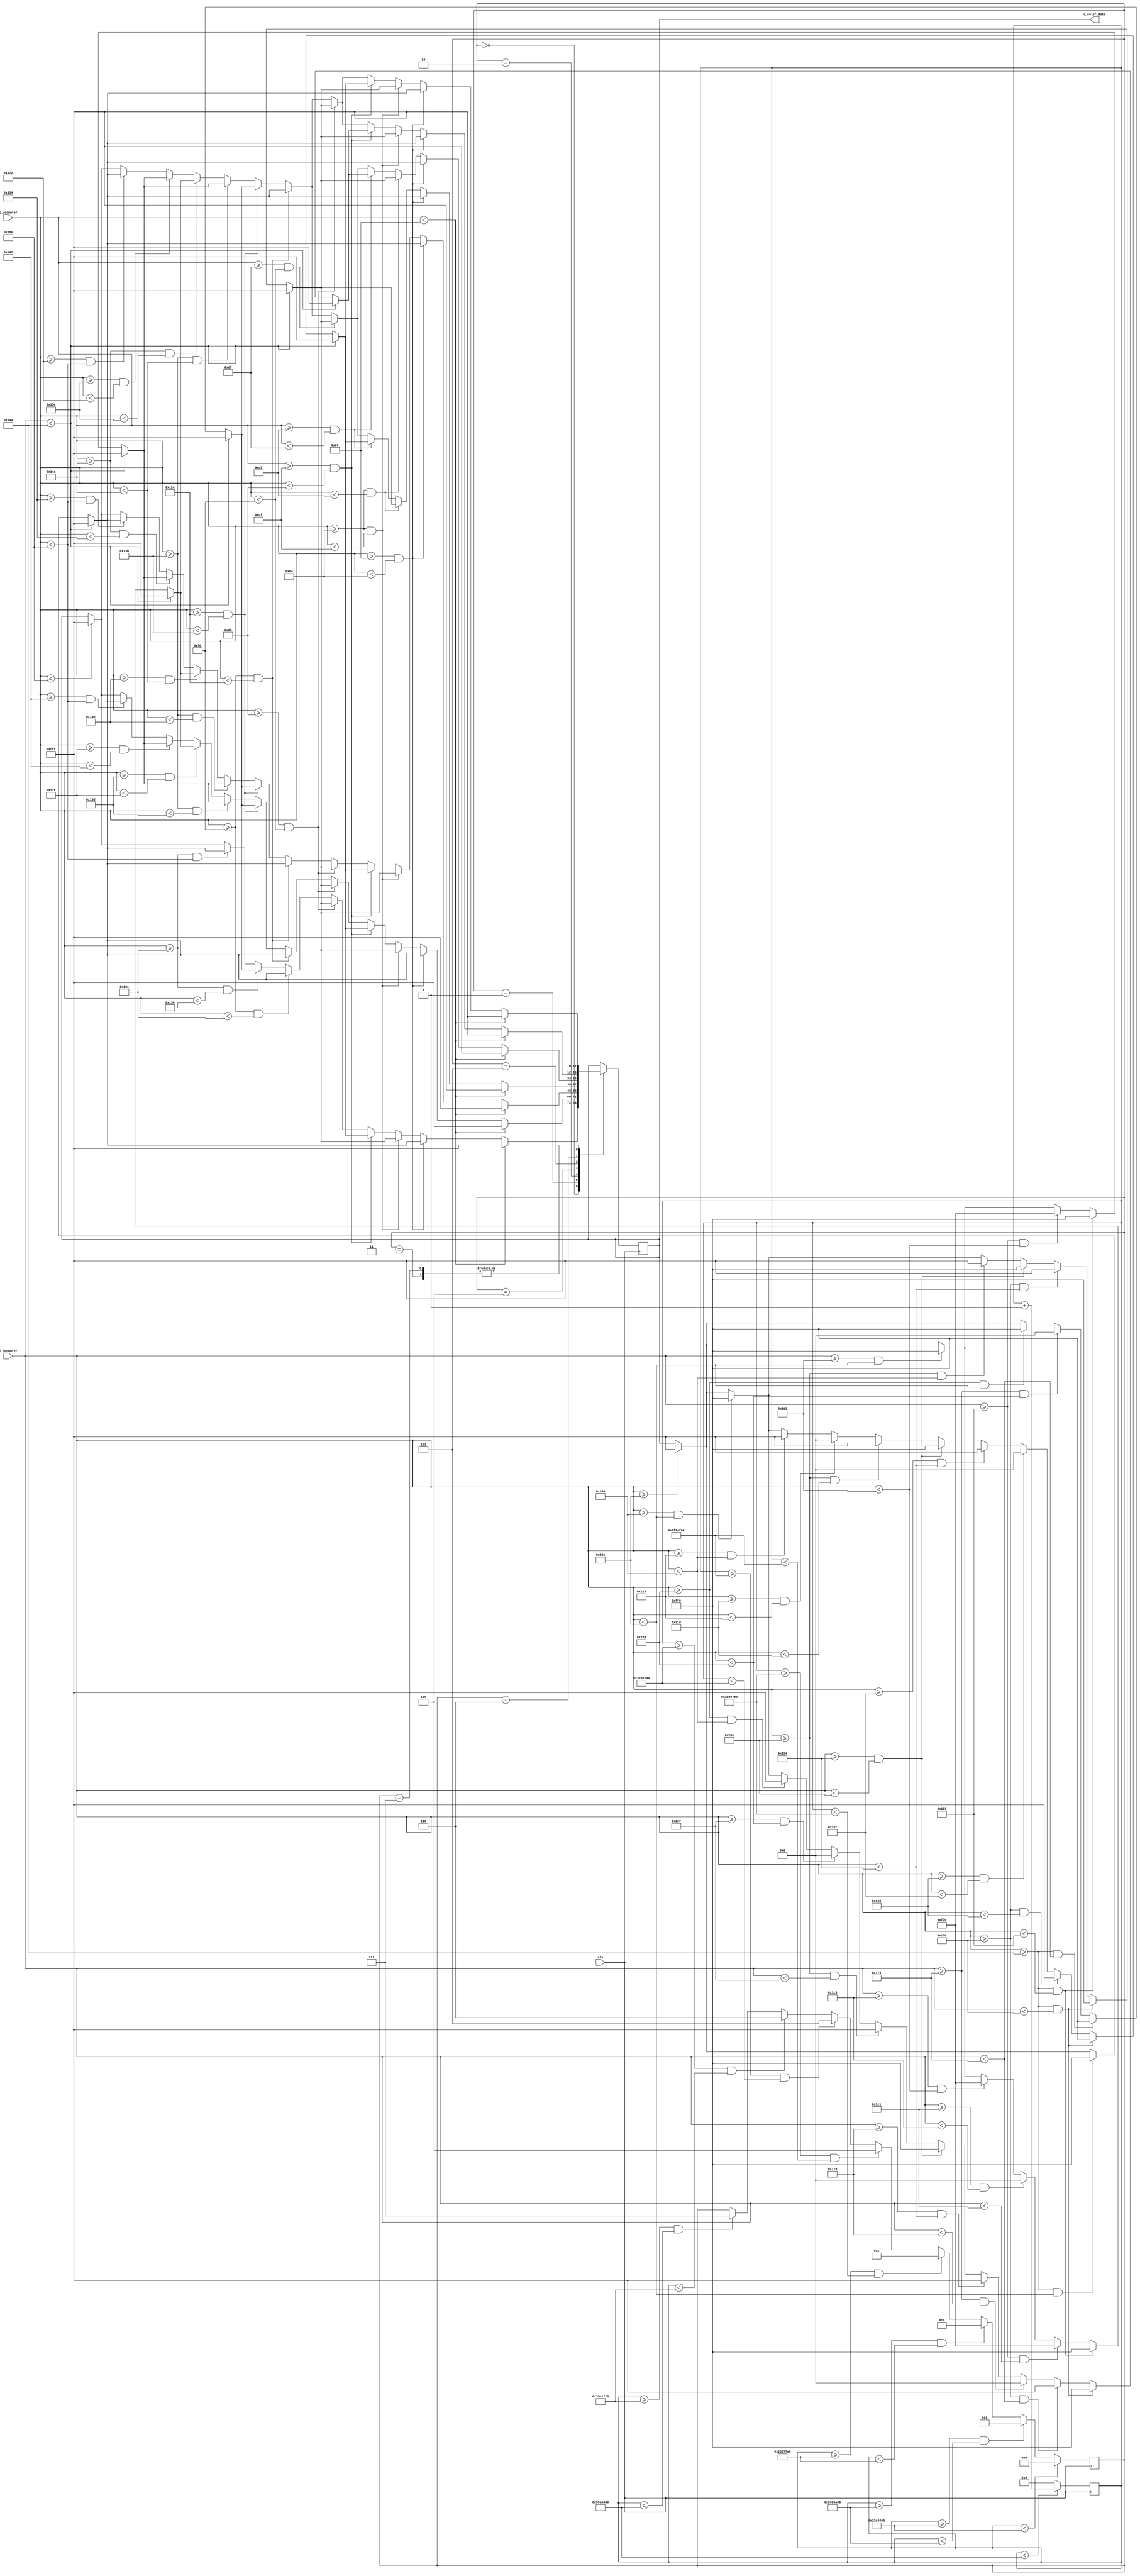
`timescale 1ns / 1ps
//////////////////////////////////////////////////////////////////////////////////
// Company: 
// 
// Design Name: 
// Module Name: crazy
// Project Name: Emoji_Animation
// Target Devices: 
// Tool Versions: 
// Description: crazy face animation
// 
// Dependencies: 25 MHz input clk
// 
// Revision:
// Revision 0.01 - File Created
// Additional Comments:
// 
//////////////////////////////////////////////////////////////////////////////////


module crazy(
	input clk,                  // 25MHz
	input [9:0] i_hcounter,     // horizontal pixel counter
	input [9:0] i_vcounter,     // vertical pixel counter
	output [11:0] o_color_data  // color data bus
	);
	
	reg [31:0] clk_counter = 0;    // for keeping track of how long the frame is active
	reg [2:0] FRAME = 0;           // State
	reg [11:0] r_color = 12'h000;  // color of pixel (4 bits red, 4 bits green, 4 bits blue -- in that order)
	
	assign o_color_data = r_color;
	
  // each emoji animation has a number of frames (different from fps frames)
	localparam FRAME_1 = 3'b000;
	localparam FRAME_2 = 3'b001;
	localparam FRAME_3 = 3'b010;
	localparam FRAME_4 = 3'b011;
  localparam FRAME_5 = 3'b100;
  localparam FRAME_6 = 3'b101;
  localparam FRAME_7 = 3'b110;
  localparam FRAME_8 = 3'b111;
  
  // time in clock cycles to hold each frame still
  localparam FRAME_1_time = 37500000; // 0.5 sec
  localparam FRAME_2_time = 2500000; // 100 ms
  localparam FRAME_3_time = 2500000; // 100 ms
  localparam FRAME_4_time = 3500000; // 200 ms
  localparam FRAME_5_time = 3500000; 
  localparam FRAME_6_time = 3500000; 
  localparam FRAME_7_time = 3500000;
  localparam FRAME_8_time = 37500000; // 0.5 sec
  
  // total time in clock cycles of animation 
  localparam FRAME_total_time = FRAME_1_time + FRAME_2_time + FRAME_3_time + FRAME_4_time + FRAME_5_time + FRAME_6_time + FRAME_7_time + FRAME_8_time;
  
  // basic colors used in the animation
  localparam yellow = 12'hFF0;
  localparam black = 12'h000;
  localparam white = 12'hFFF;
  localparam pink = 12'hF7E;
  	
  //////////////////////////////////////////////////////////////////////////////
  // frame timing
	always @ (posedge clk)
		begin 
			if (clk_counter < FRAME_total_time)
				clk_counter <= clk_counter + 1;
			else 
				clk_counter <= 0;
		end 
		
	always @ (posedge clk) 
		begin 
			if (clk_counter < FRAME_1_time)  
				FRAME <= FRAME_1;
			else if (clk_counter >= FRAME_1_time && clk_counter < (FRAME_1_time + FRAME_2_time)) 
				FRAME <= FRAME_2;
			else if (clk_counter >= (FRAME_1_time + FRAME_2_time) && clk_counter < (FRAME_1_time + FRAME_2_time + FRAME_3_time))  
				FRAME <= FRAME_3;
			else if (clk_counter >= (FRAME_1_time + FRAME_2_time + FRAME_3_time) && clk_counter < (FRAME_1_time + FRAME_2_time + FRAME_3_time + FRAME_4_time))
				FRAME <= FRAME_4;
      else if (clk_counter >= (FRAME_1_time + FRAME_2_time + FRAME_3_time + FRAME_4_time) && clk_counter < (FRAME_1_time + FRAME_2_time + FRAME_3_time + FRAME_4_time + FRAME_5_time))
				FRAME <= FRAME_5;
      else if (clk_counter >= (FRAME_1_time + FRAME_2_time + FRAME_3_time + FRAME_4_time + FRAME_5_time) && clk_counter < (FRAME_1_time + FRAME_2_time + FRAME_3_time + FRAME_4_time + FRAME_5_time + FRAME_6_time))
				FRAME <= FRAME_6;
      else if (clk_counter >= (FRAME_1_time + FRAME_2_time + FRAME_3_time + FRAME_4_time + FRAME_5_time + FRAME_6_time) && clk_counter < (FRAME_1_time + FRAME_2_time + FRAME_3_time + FRAME_4_time + FRAME_5_time + FRAME_6_time + FRAME_7_time))
				FRAME <= FRAME_7;
      else if (clk_counter >= (FRAME_1_time + FRAME_2_time + FRAME_3_time + FRAME_4_time + FRAME_5_time + FRAME_6_time + FRAME_7_time) && clk_counter <= (FRAME_total_time))
				FRAME <= FRAME_8;
		end 
  // end frame timing
  
  ///////////////////////////////////////////////////////////////////////////////
  // Frame state machine
	always @ (posedge clk)
		begin 
			case (FRAME)
				FRAME_1 : 
					begin 
						// SECTION 1.1 (TOP OF SCREEN)
						if (i_vcounter < 135)             
								r_color <= white;
						// END SECTION 1.1 (TOP OF SCREEN)
						
						// SECTION 1.2 (FOREHEAD)
						else if (i_vcounter >= 135 && i_vcounter < 180)
							begin 
								if (i_hcounter < 324) 
									r_color <= white;  
								else if (i_hcounter >= 324 && i_hcounter < 604) 
									r_color <= yellow;
								else if (i_hcounter >= 604)
									r_color <= white; 
							end  
						// END SECTION 1.2 (FOREHEAD)
						
						// SECTION 1.3 (EYES)
						else if (i_vcounter >= 180 && i_vcounter < 207)
							begin 
								if (i_hcounter < 324)
									r_color <= white;
								else if (i_hcounter >= 324 && i_hcounter < 344)
									r_color <= yellow;
								else if (i_hcounter >= 344 && i_hcounter < 404)
									r_color <= white;
								else if (i_hcounter >= 404 && i_hcounter < 524)
									r_color <= yellow;
								else if (i_hcounter >= 524 && i_hcounter < 584)
									r_color <= white; 
								else if (i_hcounter >= 584 && i_hcounter < 604)
									r_color <= yellow;
								else if (i_hcounter >= 604)
									r_color <= white;
							end
            else if (i_vcounter >= 207 && i_vcounter < 213)
              begin 
                if (i_hcounter < 324)
									r_color <= white;
								else if (i_hcounter >= 324 && i_hcounter < 344)
									r_color <= yellow;
								else if (i_hcounter >= 344 && i_hcounter < 361)
									r_color <= white;
                else if (i_hcounter >= 361 && i_hcounter < 367)
                  r_color <= black;
                else if (i_hcounter >= 367 && i_hcounter < 404)
                  r_color <= white;
								else if (i_hcounter >= 404 && i_hcounter < 524)
									r_color <= yellow;
								else if (i_hcounter >= 524 && i_hcounter < 541)
									r_color <= white; 
                else if (i_hcounter >= 541 && i_hcounter < 547)
                  r_color <= black;
                else if (i_hcounter >= 547 && i_hcounter < 584)
                  r_color <= white;
								else if (i_hcounter >= 584 && i_hcounter < 604)
									r_color <= yellow;
								else if (i_hcounter >= 604)
									r_color <= white;
              end 
            else if (i_vcounter >= 213 && i_vcounter < 240)
              begin 
                if (i_hcounter < 324)
									r_color <= white;
								else if (i_hcounter >= 324 && i_hcounter < 344)
									r_color <= yellow;
								else if (i_hcounter >= 344 && i_hcounter < 404)
									r_color <= white;
								else if (i_hcounter >= 404 && i_hcounter < 524)
									r_color <= yellow;
								else if (i_hcounter >= 524 && i_hcounter < 584)
									r_color <= white; 
								else if (i_hcounter >= 584 && i_hcounter < 604)
									r_color <= yellow;
								else if (i_hcounter >= 604)
									r_color <= white;
              end   
						// END SECTION 1.3 (EYES)
						
						// SECTION 1.4 (MIDDLE OF FACE)
						else if (i_vcounter >= 240 && i_vcounter < 305)
							begin
								if (i_hcounter < 324)
									r_color <= white;
								else if (i_hcounter >= 324 && i_hcounter < 604)
									r_color <= yellow;
								else if (i_hcounter >= 604)
									r_color <= white;
							end 
						// END SECTION 1.4 (MIDDLE OF FACE)
						
						// SECTION 1.5 (MOUTH)
						else if (i_vcounter >= 305 && i_vcounter < 310)
							begin
								if (i_hcounter < 324)
									r_color <= white;
								else if (i_hcounter >= 324 && i_hcounter < 371)
									r_color <= yellow;
								else if (i_hcounter >= 371 && i_hcounter < 557)
									r_color <= black;
								else if (i_hcounter >= 557 && i_hcounter < 604)
									r_color <= yellow;
								else if (i_hcounter >= 604)
									r_color <= white;
							end  
						// END SECTION 1.5 (MOUTH)
						
						// SECTION 1.6 (CHIN)
						else if (i_vcounter >= 305 && i_vcounter < 414)
							begin
								if (i_hcounter < 324)
									r_color <= white;
								else if (i_hcounter >= 324 && i_hcounter < 604)
									r_color <= yellow;
								else if (i_hcounter >= 604)
									r_color <= white;
							end  
						// END SECTION 1.6 (CHIN)
						
						// SECTION 1.7 (BOTTOM OF SCREEN)
						else if (i_vcounter <= 414)
							r_color <= white;
						// END SECTION 1.7 (BOTTOM OF SCREEN)
					end  // FRAME_1
          
        FRAME_2 : 
					begin 
						// SECTION 2.1 (TOP OF SCREEN)
						if (i_vcounter < 135)             
								r_color <= white;
						// END SECTION 2.1 (TOP OF SCREEN)
						
						// SECTION 2.2 (FOREHEAD)
						else if (i_vcounter >= 135 && i_vcounter < 180)
							begin 
								if (i_hcounter < 324) 
									r_color <= white;  
								else if (i_hcounter >= 324 && i_hcounter < 604) 
									r_color <= yellow;
								else if (i_hcounter >= 604)
									r_color <= white; 
							end  
						// END SECTION 2.2 (FOREHEAD)
						
						// SECTION 2.3 (EYES)
						else if (i_vcounter >= 180 && i_vcounter < 207)
							begin 
								if (i_hcounter < 324)
									r_color <= white;
								else if (i_hcounter >= 324 && i_hcounter < 344)
									r_color <= yellow;
								else if (i_hcounter >= 344 && i_hcounter < 404)
									r_color <= white;
								else if (i_hcounter >= 404 && i_hcounter < 524)
									r_color <= yellow;
								else if (i_hcounter >= 524 && i_hcounter < 584)
									r_color <= white; 
								else if (i_hcounter >= 584 && i_hcounter < 604)
									r_color <= yellow;
								else if (i_hcounter >= 604)
									r_color <= white;
							end
            else if (i_vcounter >= 207 && i_vcounter < 213)
              begin 
                if (i_hcounter < 324)
									r_color <= white;
								else if (i_hcounter >= 324 && i_hcounter < 344)
									r_color <= yellow;
								else if (i_hcounter >= 344 && i_hcounter < 361)
									r_color <= white;
                else if (i_hcounter >= 361 && i_hcounter < 367)
                  r_color <= black;
                else if (i_hcounter >= 367 && i_hcounter < 404)
                  r_color <= white;
								else if (i_hcounter >= 404 && i_hcounter < 524)
									r_color <= yellow;
								else if (i_hcounter >= 524 && i_hcounter < 541)
									r_color <= white; 
                else if (i_hcounter >= 541 && i_hcounter < 547)
                  r_color <= black;
                else if (i_hcounter >= 547 && i_hcounter < 584)
                  r_color <= white;
								else if (i_hcounter >= 584 && i_hcounter < 604)
									r_color <= yellow;
								else if (i_hcounter >= 604)
									r_color <= white;
              end 
            else if (i_vcounter >= 213 && i_vcounter < 240)
              begin 
                if (i_hcounter < 324)
									r_color <= white;
								else if (i_hcounter >= 324 && i_hcounter < 344)
									r_color <= yellow;
								else if (i_hcounter >= 344 && i_hcounter < 404)
									r_color <= white;
								else if (i_hcounter >= 404 && i_hcounter < 524)
									r_color <= yellow;
								else if (i_hcounter >= 524 && i_hcounter < 584)
									r_color <= white; 
								else if (i_hcounter >= 584 && i_hcounter < 604)
									r_color <= yellow;
								else if (i_hcounter >= 604)
									r_color <= white;
              end    
						// END SECTION 2.3 (EYES)
						
						// SECTION 2.4 (MIDDLE OF FACE)
						else if (i_vcounter >= 240 && i_vcounter < 300)
							begin
								if (i_hcounter < 324)
									r_color <= white;
								else if (i_hcounter >= 324 && i_hcounter < 604)
									r_color <= yellow;
								else if (i_hcounter >= 604)
									r_color <= white;
							end 
						// END SECTION 2.4 (MIDDLE OF FACE)
						
						// SECTION 2.5 (MOUTH)
						else if (i_vcounter >= 300 && i_vcounter < 315)
							begin
								if (i_hcounter < 324)
									r_color <= white;
								else if (i_hcounter >= 324 && i_hcounter < 371)
									r_color <= yellow;
								else if (i_hcounter >= 371 && i_hcounter < 557)
									r_color <= black;
								else if (i_hcounter >= 557 && i_hcounter < 604)
									r_color <= yellow;
								else if (i_hcounter >= 604)
									r_color <= white;
							end  
						// END SECTION 2.5 (MOUTH)
            
            // SECTION 2.6 (TONUGE)
            else if (i_vcounter >= 315 && i_vcounter < 317)
              begin 
                if (i_hcounter < 324)
                  r_color <= white;
                else if (i_hcounter >= 324 && i_hcounter < 435)
                  r_color <= yellow;
                else if (i_hcounter >= 435 && i_hcounter < 465)
                  r_color <= pink;
                else if (i_hcounter >= 465 && i_hcounter < 604)
                  r_color <= yellow;
								else if (i_hcounter >= 604)
									r_color <= white;
              end 
            else if (i_vcounter >= 317 && i_vcounter < 319)
              begin 
                if (i_hcounter < 324)
                  r_color <= white;
                else if (i_hcounter >= 324 && i_hcounter < 435)
                  r_color <= yellow;
                else if (i_hcounter >= 435 && i_hcounter < 449)
                  r_color <= pink;
                else if (i_hcounter >= 449 && i_hcounter < 451)
                  r_color <= black;
                else if (i_hcounter >= 451 && i_hcounter < 465)
                  r_color <= pink;
                else if (i_hcounter >= 465 && i_hcounter < 604)
                  r_color <= yellow;
								else if (i_hcounter >= 604)
									r_color <= white;
              end 
            else if (i_vcounter >= 319 && i_vcounter < 321)
              begin 
                if (i_hcounter < 324)
                  r_color <= white;
                else if (i_hcounter >= 324 && i_hcounter < 435)
                  r_color <= yellow;
                else if (i_hcounter >= 435 && i_hcounter < 465)
                  r_color <= pink;
                else if (i_hcounter >= 465 && i_hcounter < 604)
                  r_color <= yellow;
								else if (i_hcounter >= 604)
									r_color <= white;
              end
            // END SECTION 2.6 (TONUGE)
						
						// SECTION 2.7 (CHIN)
						else if (i_vcounter >= 321 && i_vcounter < 414)
							begin
								if (i_hcounter < 324)
									r_color <= white;
								else if (i_hcounter >= 324 && i_hcounter < 604)
									r_color <= yellow;
								else if (i_hcounter >= 604)
									r_color <= white;
							end  
						// END SECTION 2.7 (CHIN)
						
						// SECTION 2.8 (BOTTOM OF SCREEN)
						else if (i_vcounter <= 414)
							r_color <= white;
						// END SECTION 2.8 (BOTTOM OF SCREEN)
					end  // FRAME_2
          
          FRAME_3 : 
					begin 
						// SECTION 3.1 (TOP OF SCREEN)
						if (i_vcounter < 135)             
								r_color <= white;
						// END SECTION 3.1 (TOP OF SCREEN)
						
						// SECTION 3.2 (FOREHEAD)
						else if (i_vcounter >= 135 && i_vcounter < 180)
							begin 
								if (i_hcounter < 324) 
									r_color <= white;  
								else if (i_hcounter >= 324 && i_hcounter < 604) 
									r_color <= yellow;
								else if (i_hcounter >= 604)
									r_color <= white; 
							end  
						// END SECTION 3.2 (FOREHEAD)
						
						// SECTION 3.3 (EYES)
						else if (i_vcounter >= 180 && i_vcounter < 207)
							begin 
								if (i_hcounter < 324)
									r_color <= white;
								else if (i_hcounter >= 324 && i_hcounter < 344)
									r_color <= yellow;
								else if (i_hcounter >= 344 && i_hcounter < 404)
									r_color <= white;
								else if (i_hcounter >= 404 && i_hcounter < 524)
									r_color <= yellow;
								else if (i_hcounter >= 524 && i_hcounter < 584)
									r_color <= white; 
								else if (i_hcounter >= 584 && i_hcounter < 604)
									r_color <= yellow;
								else if (i_hcounter >= 604)
									r_color <= white;
							end
            else if (i_vcounter >= 207 && i_vcounter < 213)
              begin 
                if (i_hcounter < 324)
									r_color <= white;
								else if (i_hcounter >= 324 && i_hcounter < 344)
									r_color <= yellow;
								else if (i_hcounter >= 344 && i_hcounter < 361)
									r_color <= white;
                else if (i_hcounter >= 361 && i_hcounter < 367)
                  r_color <= black;
                else if (i_hcounter >= 367 && i_hcounter < 404)
                  r_color <= white;
								else if (i_hcounter >= 404 && i_hcounter < 524)
									r_color <= yellow;
								else if (i_hcounter >= 524 && i_hcounter < 541)
									r_color <= white; 
                else if (i_hcounter >= 541 && i_hcounter < 547)
                  r_color <= black;
                else if (i_hcounter >= 547 && i_hcounter < 584)
                  r_color <= white;
								else if (i_hcounter >= 584 && i_hcounter < 604)
									r_color <= yellow;
								else if (i_hcounter >= 604)
									r_color <= white;
              end 
            else if (i_vcounter >= 213 && i_vcounter < 240)
              begin 
                if (i_hcounter < 324)
									r_color <= white;
								else if (i_hcounter >= 324 && i_hcounter < 344)
									r_color <= yellow;
								else if (i_hcounter >= 344 && i_hcounter < 404)
									r_color <= white;
								else if (i_hcounter >= 404 && i_hcounter < 524)
									r_color <= yellow;
								else if (i_hcounter >= 524 && i_hcounter < 584)
									r_color <= white; 
								else if (i_hcounter >= 584 && i_hcounter < 604)
									r_color <= yellow;
								else if (i_hcounter >= 604)
									r_color <= white;
              end 
						// END SECTION 3.3 (EYES)
            
						// SECTION 3.4 (MIDDLE OF FACE)
						else if (i_vcounter >= 240 && i_vcounter < 300)
							begin
								if (i_hcounter < 324)
									r_color <= white;
								else if (i_hcounter >= 324 && i_hcounter < 604)
									r_color <= yellow;
								else if (i_hcounter >= 604)
									r_color <= white;
							end 
						// END SECTION 3.4 (MIDDLE OF FACE)
						
						// SECTION 3.5 (MOUTH)
            else if (i_vcounter >= 300 && i_vcounter < 315)
							begin
								if (i_hcounter < 324)
									r_color <= white;
								else if (i_hcounter >= 324 && i_hcounter < 371)
									r_color <= yellow;
								else if (i_hcounter >= 371 && i_hcounter < 557)
									r_color <= black;
								else if (i_hcounter >= 557 && i_hcounter < 604)
									r_color <= yellow;
								else if (i_hcounter >= 604)
									r_color <= white;
							end  
						// END SECTION 3.5 (MOUTH)
						
						// SECTION 3.6 (TONUGE)
            else if (i_vcounter >= 315 && i_vcounter < 320)
              begin 
                if (i_hcounter < 324)
                  r_color <= white;
                else if (i_hcounter >= 324 && i_hcounter < 435)
                  r_color <= yellow;
                else if (i_hcounter >= 435 && i_hcounter < 465)
                  r_color <= pink;
                else if (i_hcounter >= 465 && i_hcounter < 604)
                  r_color <= yellow;
								else if (i_hcounter >= 604)
									r_color <= white;
              end
            else if (i_vcounter >= 320 && i_vcounter < 330)
              begin 
                if (i_hcounter < 324)
                  r_color <= white;
                else if (i_hcounter >= 324 && i_hcounter < 435)
                  r_color <= yellow;
                else if (i_hcounter >= 435 && i_hcounter < 449)
                  r_color <= pink;
                else if (i_hcounter >= 449 && i_hcounter < 451)
                  r_color <= black;
                else if (i_hcounter >= 451 && i_hcounter < 465)
                  r_color <= pink;
                else if (i_hcounter >= 465 && i_hcounter < 604)
                  r_color <= yellow;
								else if (i_hcounter >= 604)
									r_color <= white;
              end 
            else if (i_vcounter >= 330 && i_vcounter < 340)
              begin 
                if (i_hcounter < 324)
                  r_color <= white;
                else if (i_hcounter >= 324 && i_hcounter < 435)
                  r_color <= yellow;
                else if (i_hcounter >= 435 && i_hcounter < 465)
                  r_color <= pink;
                else if (i_hcounter >= 465 && i_hcounter < 604)
                  r_color <= yellow;
								else if (i_hcounter >= 604)
									r_color <= white;
              end
            // END SECTION 3.6 (TONUGE)
						
						// SECTION 3.7 (CHIN)
						else if (i_vcounter >= 340 && i_vcounter < 414)
							begin
								if (i_hcounter < 324)
									r_color <= white;
								else if (i_hcounter >= 324 && i_hcounter < 604)
									r_color <= yellow;
								else if (i_hcounter >= 604)
									r_color <= white;
							end  
						// END SECTION 3.7 (CHIN)
						
						// SECTION 3.8 (BOTTOM OF SCREEN)
						else if (i_vcounter <= 414)
							r_color <= white;
						// END SECTION 3.8 (BOTTOM OF SCREEN)
					end  // FRAME_3
					
				
          
          FRAME_4 : 
					begin 
						// SECTION 4.1 (TOP OF SCREEN)
						if (i_vcounter < 135)             
								r_color <= white;
						// END SECTION 4.1 (TOP OF SCREEN)
						
						// SECTION 4.2 (FOREHEAD)
						else if (i_vcounter >= 135 && i_vcounter < 180)
							begin 
								if (i_hcounter < 324) 
									r_color <= white;  
								else if (i_hcounter >= 324 && i_hcounter < 604) 
									r_color <= yellow;
								else if (i_hcounter >= 604)
									r_color <= white; 
							end  
						// END SECTION 4.2 (FOREHEAD)
						
						// SECTION 4.3 (EYES)
						else if (i_vcounter >= 180 && i_vcounter < 207)
							begin 
								if (i_hcounter < 324)
									r_color <= white;
								else if (i_hcounter >= 324 && i_hcounter < 344)
									r_color <= yellow;
								else if (i_hcounter >= 344 && i_hcounter < 404)
									r_color <= white;
								else if (i_hcounter >= 404 && i_hcounter < 524)
									r_color <= yellow;
								else if (i_hcounter >= 524 && i_hcounter < 584)
									r_color <= white; 
								else if (i_hcounter >= 584 && i_hcounter < 604)
									r_color <= yellow;
								else if (i_hcounter >= 604)
									r_color <= white;
							end
            else if (i_vcounter >= 207 && i_vcounter < 213)
              begin 
                if (i_hcounter < 324)
									r_color <= white;
								else if (i_hcounter >= 324 && i_hcounter < 344)
									r_color <= yellow;
								else if (i_hcounter >= 344 && i_hcounter < 361)
									r_color <= white;
                else if (i_hcounter >= 361 && i_hcounter < 367)
                  r_color <= black;
                else if (i_hcounter >= 367 && i_hcounter < 404)
                  r_color <= white;
								else if (i_hcounter >= 404 && i_hcounter < 524)
									r_color <= yellow;
								else if (i_hcounter >= 524 && i_hcounter < 541)
									r_color <= white; 
                else if (i_hcounter >= 541 && i_hcounter < 547)
                  r_color <= black;
                else if (i_hcounter >= 547 && i_hcounter < 584)
                  r_color <= white;
								else if (i_hcounter >= 584 && i_hcounter < 604)
									r_color <= yellow;
								else if (i_hcounter >= 604)
									r_color <= white;
              end 
            else if (i_vcounter >= 213 && i_vcounter < 240)
              begin 
                if (i_hcounter < 324)
									r_color <= white;
								else if (i_hcounter >= 324 && i_hcounter < 344)
									r_color <= yellow;
								else if (i_hcounter >= 344 && i_hcounter < 404)
									r_color <= white;
								else if (i_hcounter >= 404 && i_hcounter < 524)
									r_color <= yellow;
								else if (i_hcounter >= 524 && i_hcounter < 584)
									r_color <= white; 
								else if (i_hcounter >= 584 && i_hcounter < 604)
									r_color <= yellow;
								else if (i_hcounter >= 604)
									r_color <= white;
              end  
						// END SECTION 4.3 (EYES)
            
						// SECTION 4.4 (MIDDLE OF FACE)
						else if (i_vcounter >= 240 && i_vcounter < 300)
							begin
								if (i_hcounter < 324)
									r_color <= white;
								else if (i_hcounter >= 324 && i_hcounter < 604)
									r_color <= yellow;
								else if (i_hcounter >= 604)
									r_color <= white;
							end 
						// END SECTION 4.4 (MIDDLE OF FACE)
						
						// SECTION 4.5 (MOUTH)
						else if (i_vcounter >= 300 && i_vcounter < 315)
							begin
								if (i_hcounter < 324)
									r_color <= white;
								else if (i_hcounter >= 324 && i_hcounter < 371)
									r_color <= yellow;
								else if (i_hcounter >= 371 && i_hcounter < 557)
									r_color <= black;
								else if (i_hcounter >= 557 && i_hcounter < 604)
									r_color <= yellow;
								else if (i_hcounter >= 604)
									r_color <= white;
							end  
						// END SECTION 4.5 (MOUTH)
						
						// SECTION 4.6 (TONUGE)
            else if (i_vcounter >= 315 && i_vcounter < 330)
              begin 
                if (i_hcounter < 324)
                  r_color <= white;
                else if (i_hcounter >= 324 && i_hcounter < 435)
                  r_color <= yellow;
                else if (i_hcounter >= 435 && i_hcounter < 465)
                  r_color <= pink;
                else if (i_hcounter >= 465 && i_hcounter < 604)
                  r_color <= yellow;
								else if (i_hcounter >= 604)
									r_color <= white;
              end
            else if (i_vcounter >= 330 && i_vcounter < 350)
              begin 
                if (i_hcounter < 324)
                  r_color <= white;
                else if (i_hcounter >= 324 && i_hcounter < 435)
                  r_color <= yellow;
                else if (i_hcounter >= 435 && i_hcounter < 449)
                  r_color <= pink;
                else if (i_hcounter >= 449 && i_hcounter < 451)
                  r_color <= black;
                else if (i_hcounter >= 451 && i_hcounter < 465)
                  r_color <= pink;
                else if (i_hcounter >= 465 && i_hcounter < 604)
                  r_color <= yellow;
								else if (i_hcounter >= 604)
									r_color <= white;
              end  
            else if (i_vcounter >= 350 && i_vcounter < 370)
              begin 
                if (i_hcounter < 324)
                  r_color <= white;
                else if (i_hcounter >= 324 && i_hcounter < 435)
                  r_color <= yellow;
                else if (i_hcounter >= 435 && i_hcounter < 465)
                  r_color <= pink;
                else if (i_hcounter >= 465 && i_hcounter < 604)
                  r_color <= yellow;
								else if (i_hcounter >= 604)
									r_color <= white;
              end
            // END SECTION 4.6 (TONUGE)
						
						// SECTION 4.7 (CHIN)
						else if (i_vcounter >= 370 && i_vcounter < 414)
							begin
								if (i_hcounter < 324)
									r_color <= white;
								else if (i_hcounter >= 324 && i_hcounter < 604)
									r_color <= yellow;
								else if (i_hcounter >= 604)
									r_color <= white;
							end  
						// END SECTION 4.7 (CHIN)
						
						// SECTION 4.8 (BOTTOM OF SCREEN)
						else if (i_vcounter <= 414)
							r_color <= white;
						// END SECTION 4.8 (BOTTOM OF SCREEN)
					end  // FRAME_4
          
          FRAME_5 : 
					begin 
						// SECTION 5.1 (TOP OF SCREEN)
						if (i_vcounter < 135)             
								r_color <= white;
						// END SECTION 5.1 (TOP OF SCREEN)
						
						// SECTION 5.2 (FOREHEAD)
						else if (i_vcounter >= 135 && i_vcounter < 180)
							begin 
								if (i_hcounter < 324) 
									r_color <= white;  
								else if (i_hcounter >= 324 && i_hcounter < 604) 
									r_color <= yellow;
								else if (i_hcounter >= 604)
									r_color <= white; 
							end  
						// END SECTION 5.2 (FOREHEAD)
						
						// SECTION 5.3 (EYES)
						else if (i_vcounter >= 180 && i_vcounter < 217)
							begin 
								if (i_hcounter < 324)
									r_color <= white;
								else if (i_hcounter >= 324 && i_hcounter < 344)
									r_color <= yellow;
								else if (i_hcounter >= 344 && i_hcounter < 404)
									r_color <= white;
								else if (i_hcounter >= 404 && i_hcounter < 524)
									r_color <= yellow;
								else if (i_hcounter >= 524 && i_hcounter < 584)
									r_color <= white; 
								else if (i_hcounter >= 584 && i_hcounter < 604)
									r_color <= yellow;
								else if (i_hcounter >= 604)
									r_color <= white;
							end
            else if (i_vcounter >= 217 && i_vcounter < 223)
              begin 
                if (i_hcounter < 324)
									r_color <= white;
								else if (i_hcounter >= 324 && i_hcounter < 344)
									r_color <= yellow;
								else if (i_hcounter >= 344 && i_hcounter < 361)
									r_color <= white;
                else if (i_hcounter >= 361 && i_hcounter < 367)
                  r_color <= black;
                else if (i_hcounter >= 367 && i_hcounter < 404)
                  r_color <= white;
								else if (i_hcounter >= 404 && i_hcounter < 524)
									r_color <= yellow;
								else if (i_hcounter >= 524 && i_hcounter < 541)
									r_color <= white; 
                else if (i_hcounter >= 541 && i_hcounter < 547)
                  r_color <= black;
                else if (i_hcounter >= 547 && i_hcounter < 584)
                  r_color <= white;
								else if (i_hcounter >= 584 && i_hcounter < 604)
									r_color <= yellow;
								else if (i_hcounter >= 604)
									r_color <= white;
              end 
            else if (i_vcounter >= 223 && i_vcounter < 240)
              begin 
                if (i_hcounter < 324)
									r_color <= white;
								else if (i_hcounter >= 324 && i_hcounter < 344)
									r_color <= yellow;
								else if (i_hcounter >= 344 && i_hcounter < 404)
									r_color <= white;
								else if (i_hcounter >= 404 && i_hcounter < 524)
									r_color <= yellow;
								else if (i_hcounter >= 524 && i_hcounter < 584)
									r_color <= white; 
								else if (i_hcounter >= 584 && i_hcounter < 604)
									r_color <= yellow;
								else if (i_hcounter >= 604)
									r_color <= white;
              end  
						// END SECTION 5.3 (EYES)
            
						// SECTION 5.4 (MIDDLE OF FACE)
						else if (i_vcounter >= 240 && i_vcounter < 300)
							begin
								if (i_hcounter < 324)
									r_color <= white;
								else if (i_hcounter >= 324 && i_hcounter < 604)
									r_color <= yellow;
								else if (i_hcounter >= 604)
									r_color <= white;
							end 
						// END SECTION 5.4 (MIDDLE OF FACE)
						
						// SECTION 5.5 (MOUTH)
						else if (i_vcounter >= 300 && i_vcounter < 315)
							begin
								if (i_hcounter < 324)
									r_color <= white;
								else if (i_hcounter >= 324 && i_hcounter < 371)
									r_color <= yellow;
								else if (i_hcounter >= 371 && i_hcounter < 557)
									r_color <= black;
								else if (i_hcounter >= 557 && i_hcounter < 604)
									r_color <= yellow;
								else if (i_hcounter >= 604)
									r_color <= white;
							end  
						// END SECTION 5.5 (MOUTH)
						
						// SECTION 5.6 (TONUGE)
            else if (i_vcounter >= 315 && i_vcounter < 330)
              begin 
                if (i_hcounter < 324)
                  r_color <= white;
                else if (i_hcounter >= 324 && i_hcounter < 435)
                  r_color <= yellow;
                else if (i_hcounter >= 435 && i_hcounter < 465)
                  r_color <= pink;
                else if (i_hcounter >= 465 && i_hcounter < 604)
                  r_color <= yellow;
								else if (i_hcounter >= 604)
									r_color <= white;
              end
            else if (i_vcounter >= 330 && i_vcounter < 350)
              begin 
                if (i_hcounter < 324)
                  r_color <= white;
                else if (i_hcounter >= 324 && i_hcounter < 435)
                  r_color <= yellow;
                else if (i_hcounter >= 435 && i_hcounter < 449)
                  r_color <= pink;
                else if (i_hcounter >= 449 && i_hcounter < 451)
                  r_color <= black;
                else if (i_hcounter >= 451 && i_hcounter < 465)
                  r_color <= pink;
                else if (i_hcounter >= 465 && i_hcounter < 604)
                  r_color <= yellow;
								else if (i_hcounter >= 604)
									r_color <= white;
              end 
            else if (i_vcounter >= 350 && i_vcounter < 370)
              begin 
                if (i_hcounter < 324)
                  r_color <= white;
                else if (i_hcounter >= 324 && i_hcounter < 435)
                  r_color <= yellow;
                else if (i_hcounter >= 435 && i_hcounter < 465)
                  r_color <= pink;
                else if (i_hcounter >= 465 && i_hcounter < 604)
                  r_color <= yellow;
								else if (i_hcounter >= 604)
									r_color <= white;
              end 
            // END SECTION 5.6 (TONUGE)
						
						// SECTION 5.7 (CHIN)
						else if (i_vcounter >= 370 && i_vcounter < 414)
							begin
								if (i_hcounter < 324)
									r_color <= white;
								else if (i_hcounter >= 324 && i_hcounter < 604)
									r_color <= yellow;
								else if (i_hcounter >= 604)
									r_color <= white;
							end  
						// END SECTION 5.7 (CHIN)
						
						// SECTION 5.8 (BOTTOM OF SCREEN)
						else if (i_vcounter <= 414)
							r_color <= white;
						// END SECTION 5.8 (BOTTOM OF SCREEN)
					end  // FRAME_5
          
          FRAME_6 : 
					begin 
						// SECTION 6.1 (TOP OF SCREEN)
						if (i_vcounter < 135)             
								r_color <= white;
						// END SECTION 6.1 (TOP OF SCREEN)
						
						// SECTION 6.2 (FOREHEAD)
						else if (i_vcounter >= 135 && i_vcounter < 180)
							begin 
								if (i_hcounter < 324) 
									r_color <= white;  
								else if (i_hcounter >= 324 && i_hcounter < 604) 
									r_color <= yellow;
								else if (i_hcounter >= 604)
									r_color <= white; 
							end  
						// END SECTION 6.2 (FOREHEAD)
						
						// SECTION 6.3 (EYES)
						else if (i_vcounter >= 180 && i_vcounter < 217)
							begin 
								if (i_hcounter < 324)
									r_color <= white;
								else if (i_hcounter >= 324 && i_hcounter < 344)
									r_color <= yellow;
								else if (i_hcounter >= 344 && i_hcounter < 404)
									r_color <= white;
								else if (i_hcounter >= 404 && i_hcounter < 524)
									r_color <= yellow;
								else if (i_hcounter >= 524 && i_hcounter < 584)
									r_color <= white; 
								else if (i_hcounter >= 584 && i_hcounter < 604)
									r_color <= yellow;
								else if (i_hcounter >= 604)
									r_color <= white;
							end
            else if (i_vcounter >= 217 && i_vcounter < 223)
              begin 
                if (i_hcounter < 324)
									r_color <= white;
								else if (i_hcounter >= 324 && i_hcounter < 344)
									r_color <= yellow;
								else if (i_hcounter >= 344 && i_hcounter < 371)
									r_color <= white;
                else if (i_hcounter >= 371 && i_hcounter < 377)
                  r_color <= black;
                else if (i_hcounter >= 377 && i_hcounter < 404)
                  r_color <= white;
								else if (i_hcounter >= 404 && i_hcounter < 524)
									r_color <= yellow;
								else if (i_hcounter >= 524 && i_hcounter < 551)
									r_color <= white; 
                else if (i_hcounter >= 551 && i_hcounter < 557)
                  r_color <= black;
                else if (i_hcounter >= 557 && i_hcounter < 584)
                  r_color <= white;
								else if (i_hcounter >= 584 && i_hcounter < 604)
									r_color <= yellow;
								else if (i_hcounter >= 604)
									r_color <= white;
              end 
            else if (i_vcounter >= 223 && i_vcounter < 240)
              begin 
                if (i_hcounter < 324)
									r_color <= white;
								else if (i_hcounter >= 324 && i_hcounter < 344)
									r_color <= yellow;
								else if (i_hcounter >= 344 && i_hcounter < 404)
									r_color <= white;
								else if (i_hcounter >= 404 && i_hcounter < 524)
									r_color <= yellow;
								else if (i_hcounter >= 524 && i_hcounter < 584)
									r_color <= white; 
								else if (i_hcounter >= 584 && i_hcounter < 604)
									r_color <= yellow;
								else if (i_hcounter >= 604)
									r_color <= white;
              end
						// END SECTION 6.3 (EYES)
            
						// SECTION 6.4 (MIDDLE OF FACE)
						else if (i_vcounter >= 240 && i_vcounter < 300)
							begin
								if (i_hcounter < 324)
									r_color <= white;
								else if (i_hcounter >= 324 && i_hcounter < 604)
									r_color <= yellow;
								else if (i_hcounter >= 604)
									r_color <= white;
							end 
						// END SECTION 6.4 (MIDDLE OF FACE)
						
						// SECTION 6.5 (MOUTH)
						else if (i_vcounter >= 300 && i_vcounter < 315)
							begin
								if (i_hcounter < 324)
									r_color <= white;
								else if (i_hcounter >= 324 && i_hcounter < 371)
									r_color <= yellow;
								else if (i_hcounter >= 371 && i_hcounter < 557)
									r_color <= black;
								else if (i_hcounter >= 557 && i_hcounter < 604)
									r_color <= yellow;
								else if (i_hcounter >= 604)
									r_color <= white;
							end  
						// END SECTION 6.5 (MOUTH)
						
						// SECTION 6.6 (TONUGE)
            else if (i_vcounter >= 315 && i_vcounter < 330)
              begin 
                if (i_hcounter < 324)
                  r_color <= white;
                else if (i_hcounter >= 324 && i_hcounter < 435)
                  r_color <= yellow;
                else if (i_hcounter >= 435 && i_hcounter < 465)
                  r_color <= pink;
                else if (i_hcounter >= 465 && i_hcounter < 604)
                  r_color <= yellow;
								else if (i_hcounter >= 604)
									r_color <= white;
              end
            else if (i_vcounter >= 330 && i_vcounter < 350)
              begin 
                if (i_hcounter < 324)
                  r_color <= white;
                else if (i_hcounter >= 324 && i_hcounter < 435)
                  r_color <= yellow;
                else if (i_hcounter >= 435 && i_hcounter < 449)
                  r_color <= pink;
                else if (i_hcounter >= 449 && i_hcounter < 451)
                  r_color <= black;
                else if (i_hcounter >= 451 && i_hcounter < 465)
                  r_color <= pink;
                else if (i_hcounter >= 465 && i_hcounter < 604)
                  r_color <= yellow;
								else if (i_hcounter >= 604)
									r_color <= white;
              end 
            else if (i_vcounter >= 350 && i_vcounter < 370)
              begin 
                if (i_hcounter < 324)
                  r_color <= white;
                else if (i_hcounter >= 324 && i_hcounter < 435)
                  r_color <= yellow;
                else if (i_hcounter >= 435 && i_hcounter < 465)
                  r_color <= pink;
                else if (i_hcounter >= 465 && i_hcounter < 604)
                  r_color <= yellow;
								else if (i_hcounter >= 604)
									r_color <= white;
              end 
            // END SECTION 6.6 (TONUGE)
						
						// SECTION 6.7 (CHIN)
						else if (i_vcounter >= 370 && i_vcounter < 414)
							begin
								if (i_hcounter < 324)
									r_color <= white;
								else if (i_hcounter >= 324 && i_hcounter < 604)
									r_color <= yellow;
								else if (i_hcounter >= 604)
									r_color <= white;
							end  
						// END SECTION 6.7 (CHIN)
						
						// SECTION 6.8 (BOTTOM OF SCREEN)
						else if (i_vcounter <= 414)
							r_color <= white;
						// END SECTION 6.8 (BOTTOM OF SCREEN)
					end  // FRAME_6
          
          FRAME_7 : 
					begin 
						// SECTION 7.1 (TOP OF SCREEN)
						if (i_vcounter < 135)             
								r_color <= white;
						// END SECTION 7.1 (TOP OF SCREEN)
						
						// SECTION 7.2 (FOREHEAD)
						else if (i_vcounter >= 135 && i_vcounter < 180)
							begin 
								if (i_hcounter < 324) 
									r_color <= white;  
								else if (i_hcounter >= 324 && i_hcounter < 604) 
									r_color <= yellow;
								else if (i_hcounter >= 604)
									r_color <= white; 
							end  
						// END SECTION 7.2 (FOREHEAD)
						
						// SECTION 7.3 (EYES)
						else if (i_vcounter >= 180 && i_vcounter < 207)
							begin 
								if (i_hcounter < 324)
									r_color <= white;
								else if (i_hcounter >= 324 && i_hcounter < 344)
									r_color <= yellow;
								else if (i_hcounter >= 344 && i_hcounter < 404)
									r_color <= white;
								else if (i_hcounter >= 404 && i_hcounter < 524)
									r_color <= yellow;
								else if (i_hcounter >= 524 && i_hcounter < 584)
									r_color <= white; 
								else if (i_hcounter >= 584 && i_hcounter < 604)
									r_color <= yellow;
								else if (i_hcounter >= 604)
									r_color <= white;
							end
            else if (i_vcounter >= 207 && i_vcounter < 213)
              begin 
                if (i_hcounter < 324)
									r_color <= white;
								else if (i_hcounter >= 324 && i_hcounter < 344)
									r_color <= yellow;
								else if (i_hcounter >= 344 && i_hcounter < 371)
									r_color <= white;
                else if (i_hcounter >= 371 && i_hcounter < 377)
                  r_color <= black;
                else if (i_hcounter >= 377 && i_hcounter < 404)
                  r_color <= white;
								else if (i_hcounter >= 404 && i_hcounter < 524)
									r_color <= yellow;
								else if (i_hcounter >= 524 && i_hcounter < 551)
									r_color <= white; 
                else if (i_hcounter >= 551 && i_hcounter < 557)
                  r_color <= black;
                else if (i_hcounter >= 557 && i_hcounter < 584)
                  r_color <= white;
								else if (i_hcounter >= 584 && i_hcounter < 604)
									r_color <= yellow;
								else if (i_hcounter >= 604)
									r_color <= white;
              end 
            else if (i_vcounter >= 213 && i_vcounter < 240)
              begin 
                if (i_hcounter < 324)
									r_color <= white;
								else if (i_hcounter >= 324 && i_hcounter < 344)
									r_color <= yellow;
								else if (i_hcounter >= 344 && i_hcounter < 404)
									r_color <= white;
								else if (i_hcounter >= 404 && i_hcounter < 524)
									r_color <= yellow;
								else if (i_hcounter >= 524 && i_hcounter < 584)
									r_color <= white; 
								else if (i_hcounter >= 584 && i_hcounter < 604)
									r_color <= yellow;
								else if (i_hcounter >= 604)
									r_color <= white;
              end 
						// END SECTION 7.3 (EYES)
            
					// SECTION 7.4 (MIDDLE OF FACE)
						else if (i_vcounter >= 240 && i_vcounter < 300)
							begin
								if (i_hcounter < 324)
									r_color <= white;
								else if (i_hcounter >= 324 && i_hcounter < 604)
									r_color <= yellow;
								else if (i_hcounter >= 604)
									r_color <= white;
							end 
						// END SECTION 7.4 (MIDDLE OF FACE)
						
						// SECTION 7.5 (MOUTH)
						else if (i_vcounter >= 300 && i_vcounter < 315)
							begin
								if (i_hcounter < 324)
									r_color <= white;
								else if (i_hcounter >= 324 && i_hcounter < 371)
									r_color <= yellow;
								else if (i_hcounter >= 371 && i_hcounter < 557)
									r_color <= black;
								else if (i_hcounter >= 557 && i_hcounter < 604)
									r_color <= yellow;
								else if (i_hcounter >= 604)
									r_color <= white;
							end  
						// END SECTION 7.5 (MOUTH)
						
						// SECTION 7.6 (TONUGE)
            else if (i_vcounter >= 315 && i_vcounter < 330)
              begin 
                if (i_hcounter < 324)
                  r_color <= white;
                else if (i_hcounter >= 324 && i_hcounter < 435)
                  r_color <= yellow;
                else if (i_hcounter >= 435 && i_hcounter < 465)
                  r_color <= pink;
                else if (i_hcounter >= 465 && i_hcounter < 604)
                  r_color <= yellow;
								else if (i_hcounter >= 604)
									r_color <= white;
              end
            else if (i_vcounter >= 330 && i_vcounter < 350)
              begin 
                if (i_hcounter < 324)
                  r_color <= white;
                else if (i_hcounter >= 324 && i_hcounter < 435)
                  r_color <= yellow;
                else if (i_hcounter >= 435 && i_hcounter < 449)
                  r_color <= pink;
                else if (i_hcounter >= 449 && i_hcounter < 451)
                  r_color <= black;
                else if (i_hcounter >= 451 && i_hcounter < 465)
                  r_color <= pink;
                else if (i_hcounter >= 465 && i_hcounter < 604)
                  r_color <= yellow;
								else if (i_hcounter >= 604)
									r_color <= white;
              end 
            else if (i_vcounter >= 350 && i_vcounter < 370)
              begin 
                if (i_hcounter < 324)
                  r_color <= white;
                else if (i_hcounter >= 324 && i_hcounter < 435)
                  r_color <= yellow;
                else if (i_hcounter >= 435 && i_hcounter < 465)
                  r_color <= pink;
                else if (i_hcounter >= 465 && i_hcounter < 604)
                  r_color <= yellow;
								else if (i_hcounter >= 604)
									r_color <= white;
              end 
            // END SECTION 7.6 (TONUGE)
						
						// SECTION 7.7 (CHIN)
						else if (i_vcounter >= 370 && i_vcounter < 414)
							begin
								if (i_hcounter < 324)
									r_color <= white;
								else if (i_hcounter >= 324 && i_hcounter < 604)
									r_color <= yellow;
								else if (i_hcounter >= 604)
									r_color <= white;
							end  
						// END SECTION 7.7 (CHIN)
						
						// SECTION 7.8 (BOTTOM OF SCREEN)
						else if (i_vcounter <= 414)
							r_color <= white;
						// END SECTION 7.8 (BOTTOM OF SCREEN)
					end  // FRAME_7
          
          FRAME_8 : 
					begin 
						// SECTION 8.1 (TOP OF SCREEN)
						if (i_vcounter < 135)             
								r_color <= white;
						// END SECTION 8.1 (TOP OF SCREEN)
						
						// SECTION 8.2 (FOREHEAD)
						else if (i_vcounter >= 135 && i_vcounter < 180)
							begin 
								if (i_hcounter < 324) 
									r_color <= white;  
								else if (i_hcounter >= 324 && i_hcounter < 604) 
									r_color <= yellow;
								else if (i_hcounter >= 604)
									r_color <= white; 
							end  
						// END SECTION 8.2 (FOREHEAD)
						
						// SECTION 8.3 (EYES)
						else if (i_vcounter >= 180 && i_vcounter < 207)
							begin 
								if (i_hcounter < 324)
									r_color <= white;
								else if (i_hcounter >= 324 && i_hcounter < 344)
									r_color <= yellow;
								else if (i_hcounter >= 344 && i_hcounter < 404)
									r_color <= white;
								else if (i_hcounter >= 404 && i_hcounter < 524)
									r_color <= yellow;
								else if (i_hcounter >= 524 && i_hcounter < 584)
									r_color <= white; 
								else if (i_hcounter >= 584 && i_hcounter < 604)
									r_color <= yellow;
								else if (i_hcounter >= 604)
									r_color <= white;
							end
            else if (i_vcounter >= 207 && i_vcounter < 213)
              begin 
                if (i_hcounter < 324)
									r_color <= white;
								else if (i_hcounter >= 324 && i_hcounter < 344)
									r_color <= yellow;
								else if (i_hcounter >= 344 && i_hcounter < 361)
									r_color <= white;
                else if (i_hcounter >= 361 && i_hcounter < 367)
                  r_color <= black;
                else if (i_hcounter >= 367 && i_hcounter < 404)
                  r_color <= white;
								else if (i_hcounter >= 404 && i_hcounter < 524)
									r_color <= yellow;
								else if (i_hcounter >= 524 && i_hcounter < 541)
									r_color <= white; 
                else if (i_hcounter >= 541 && i_hcounter < 547)
                  r_color <= black;
                else if (i_hcounter >= 547 && i_hcounter < 584)
                  r_color <= white;
								else if (i_hcounter >= 584 && i_hcounter < 604)
									r_color <= yellow;
								else if (i_hcounter >= 604)
									r_color <= white;
              end 
            else if (i_vcounter >= 213 && i_vcounter < 240)
              begin 
                if (i_hcounter < 324)
									r_color <= white;
								else if (i_hcounter >= 324 && i_hcounter < 344)
									r_color <= yellow;
								else if (i_hcounter >= 344 && i_hcounter < 404)
									r_color <= white;
								else if (i_hcounter >= 404 && i_hcounter < 524)
									r_color <= yellow;
								else if (i_hcounter >= 524 && i_hcounter < 584)
									r_color <= white; 
								else if (i_hcounter >= 584 && i_hcounter < 604)
									r_color <= yellow;
								else if (i_hcounter >= 604)
									r_color <= white;
              end  
						// END SECTION 8.3 (EYES) 
						
						// SECTION 8.4 (MIDDLE OF FACE)
						else if (i_vcounter >= 240 && i_vcounter < 300)
							begin
								if (i_hcounter < 324)
									r_color <= white;
								else if (i_hcounter >= 324 && i_hcounter < 604)
									r_color <= yellow;
								else if (i_hcounter >= 604)
									r_color <= white;
							end 
						// END SECTION 8.4 (MIDDLE OF FACE)
						
						// SECTION 8.5 (MOUTH)
						else if (i_vcounter >= 300 && i_vcounter < 315)
							begin
								if (i_hcounter < 324)
									r_color <= white;
								else if (i_hcounter >= 324 && i_hcounter < 371)
									r_color <= yellow;
								else if (i_hcounter >= 371 && i_hcounter < 557)
									r_color <= black;
								else if (i_hcounter >= 557 && i_hcounter < 604)
									r_color <= yellow;
								else if (i_hcounter >= 604)
									r_color <= white;
							end  
						// END SECTION 8.5 (MOUTH)
						
						// SECTION 8.6 (TONUGE)
            else if (i_vcounter >= 315 && i_vcounter < 330)
              begin 
                if (i_hcounter < 324)
                  r_color <= white;
                else if (i_hcounter >= 324 && i_hcounter < 435)
                  r_color <= yellow;
                else if (i_hcounter >= 435 && i_hcounter < 465)
                  r_color <= pink;
                else if (i_hcounter >= 465 && i_hcounter < 604)
                  r_color <= yellow;
								else if (i_hcounter >= 604)
									r_color <= white;
              end
            else if (i_vcounter >= 330 && i_vcounter < 350)
              begin 
                if (i_hcounter < 324)
                  r_color <= white;
                else if (i_hcounter >= 324 && i_hcounter < 435)
                  r_color <= yellow;
                else if (i_hcounter >= 435 && i_hcounter < 449)
                  r_color <= pink;
                else if (i_hcounter >= 449 && i_hcounter < 451)
                  r_color <= black;
                else if (i_hcounter >= 451 && i_hcounter < 465)
                  r_color <= pink;
                else if (i_hcounter >= 465 && i_hcounter < 604)
                  r_color <= yellow;
								else if (i_hcounter >= 604)
									r_color <= white;
              end
            else if (i_vcounter >= 350 && i_vcounter < 370)
              begin 
                if (i_hcounter < 324)
                  r_color <= white;
                else if (i_hcounter >= 324 && i_hcounter < 435)
                  r_color <= yellow;
                else if (i_hcounter >= 435 && i_hcounter < 465)
                  r_color <= pink;
                else if (i_hcounter >= 465 && i_hcounter < 604)
                  r_color <= yellow;
								else if (i_hcounter >= 604)
									r_color <= white;
              end
            // END SECTION 8.6 (TONUGE)
						
						// SECTION 8.7 (CHIN)
						else if (i_vcounter >= 370 && i_vcounter < 414)
							begin
								if (i_hcounter < 324)
									r_color <= white;
								else if (i_hcounter >= 324 && i_hcounter < 604)
									r_color <= yellow;
								else if (i_hcounter >= 604)
									r_color <= white;
							end  
						// END SECTION 8.7 (CHIN)
						
						// SECTION 8.8 (BOTTOM OF SCREEN)
						else if (i_vcounter <= 414)
							r_color <= white;
						// END SECTION 8.8 (BOTTOM OF SCREEN)
					end  // FRAME_8
					
          default :
          begin
						r_color <= white;
					end  // default 
			endcase
		end  // always
endmodule // crazy